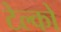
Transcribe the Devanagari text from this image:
टेल्कों